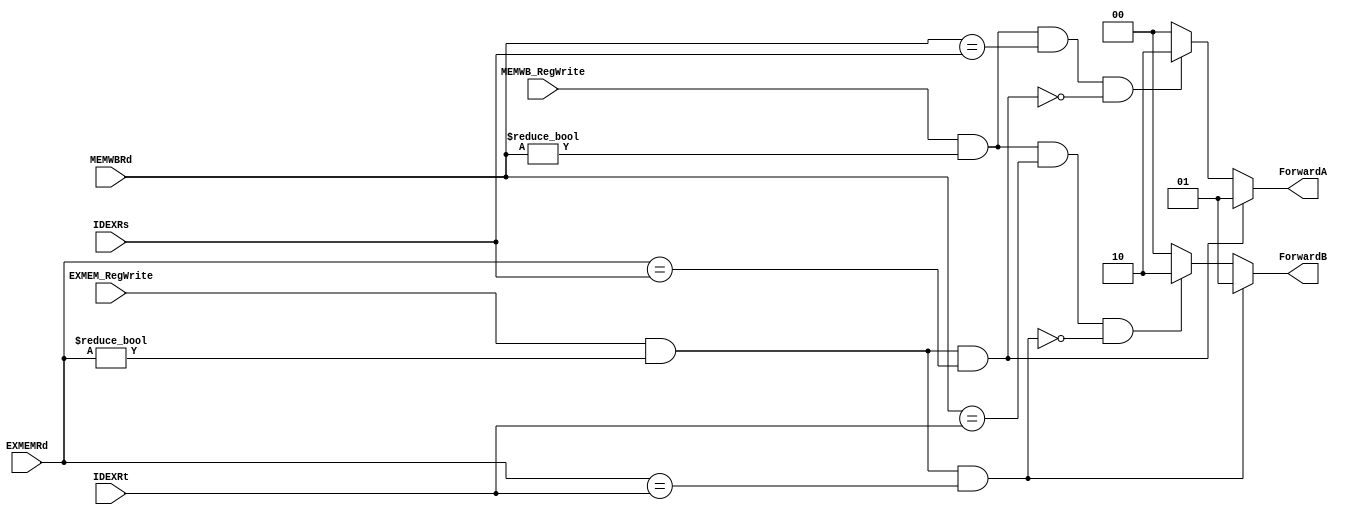
`ifndef _forward
`define _forward
`timescale 1ns / 1ps
//////////////////////////////////////////////////////////////////////////////////
// Company:
// Engineer:
//
// Design Name:
// Module Name:    Forward
// Project Name:
// Target Devices:
// Tool versions:
// Description:
//
// Dependencies:
//
// Revision:
// Revision 0.01 - File Created
// Additional Comments:
//
//////////////////////////////////////////////////////////////////////////////////
module Forward(EXMEM_RegWrite, MEMWB_RegWrite,
		EXMEMRd, MEMWBRd, IDEXRs, IDEXRt, ForwardA, ForwardB
);
	input EXMEM_RegWrite, MEMWB_RegWrite;
	input [4:0] EXMEMRd;
	input [4:0] MEMWBRd;
	input [4:0] IDEXRs;
	input [4:0] IDEXRt;

	output reg [1:0] ForwardA, ForwardB;

	initial begin
		ForwardA <= 2'b00;
		ForwardB <= 2'b00;
	end

	always @(*) begin
		if (EXMEM_RegWrite && EXMEMRd != 0 && EXMEMRd == IDEXRs) begin
			ForwardA <= 2'b01;
		end
		else if (MEMWB_RegWrite && MEMWBRd != 0 && MEMWBRd == IDEXRs && (~(EXMEM_RegWrite && EXMEMRd != 0 && EXMEMRd == IDEXRs)) ) begin
			ForwardA <= 2'b10;
		end
		else begin
			ForwardA <= 2'b00;
		end
	end

	always @(*) begin
		if (EXMEM_RegWrite && EXMEMRd != 0 && EXMEMRd == IDEXRt) begin
			ForwardB <= 2'b01;
		end
		else if (MEMWB_RegWrite && MEMWBRd != 0 && MEMWBRd == IDEXRt && (~(EXMEM_RegWrite && EXMEMRd != 0 && EXMEMRd == IDEXRt)) ) begin
			ForwardB <= 2'b10;
		end
		else begin
			ForwardB <= 2'b00;
		end
	end

endmodule
`endif